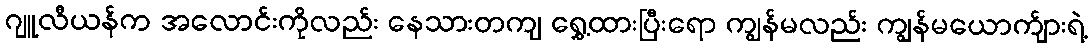
ဂျူလီယန်က အလောင်းကိုလည်း နေသားတကျ ရွှေ့ထားပြီးရော ကျွန်မလည်း ကျွန်မယောက်ျားရဲ့